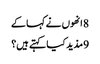
8 انھوں نے کہا کے
9 مذید کیا کہتے ہیں؟